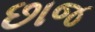
છાજ